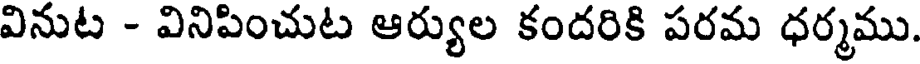
వినుట - వినిపించుట ఆర్యుల కందరికి పరమ ధర్మము.